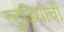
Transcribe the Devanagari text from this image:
स्टुडियोची